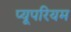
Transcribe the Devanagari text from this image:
प्यूपरियम